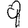
Digit: 9